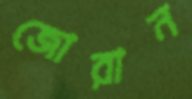
জোরান